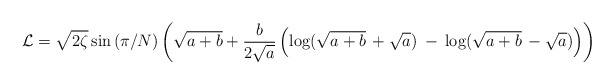
\begin{align*}{\cal L} = \sqrt {2 \zeta} \sin {(\pi/N)} \left( \sqrt {a+b} + {b \over {2 \sqrt{a}}} \left(\log (\sqrt{a+b}\,+\sqrt{a}) \: - \: \log (\sqrt{a+b} \,- \sqrt{a}) \right) \right)\end{align*}